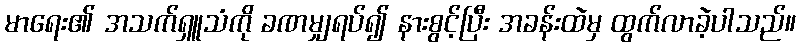
မာရေး၏ အသက်ရှူသံကို ခဏမျှရပ်၍ နားစွင့်ပြီး အခန်းထဲမှ ထွက်လာခဲ့ပါသည်။